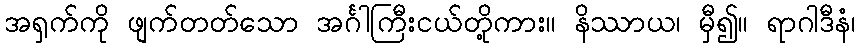
အရှက်ကို ဖျက်တတ်သော အင်္ဂါကြီးငယ်တို့ကား။ နိဿာယ၊ မှီ၍။ ရာဂါဒီနံ၊